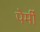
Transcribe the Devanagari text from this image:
पेर्मी